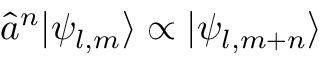
\hat { a } ^ { n } | \psi _ { l , m } \rangle \propto | \psi _ { l , m + n } \rangle